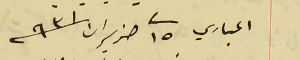
اعىباري فى ٢٥ حزيران  سنة ٩٣١